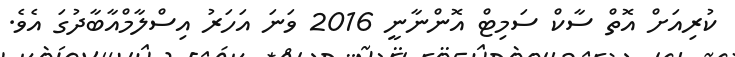
ކުރިއަށް އޮތް ސާކް ސަމިޓް އޮންނާނީ 2016 ވަނަ އަހަރު އިސްލާމްއާބާދުގަ އެވެ.